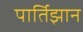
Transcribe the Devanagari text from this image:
पार्तिझान